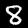
Label: 8